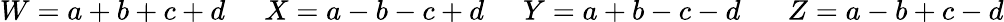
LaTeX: W=a+b+c+d\; \; \; \; \; X=a-b-c+d\; \; \; \; \; Y=a+b-c-d\; \; \; \; \; \; Z=a-b+c-d